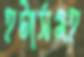
হটার্সমহ